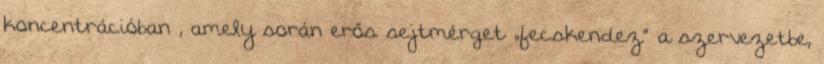
koncentrációban , amely során erős sejtmérget „fecskendez” a szervezetbe,